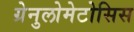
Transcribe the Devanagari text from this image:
ग्रेनुलोमेटोसिस